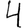
Digit: 4